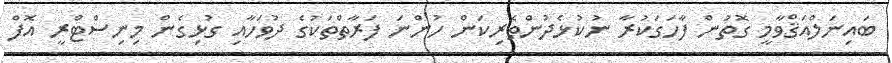
ބައިނަލްއަޤްވާމީ ގޮތުން ފާހަގަކުރާ ނުކުޅެދުންތެރިކަން ހުންނަ ފަރާތްތަކުގެ ދުވަހާއި ގުޅިގެން މިނިސްޓްރީ އޮފް